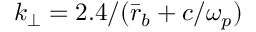
k _ { \perp } = 2 . 4 / ( \bar { r } _ { b } + c / \omega _ { p } )